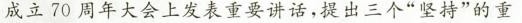
成立70周年大会上发表重要讲话，提出三个”坚持”的重